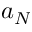
a _ { N }